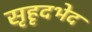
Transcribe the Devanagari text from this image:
सृहृदभेद